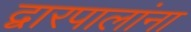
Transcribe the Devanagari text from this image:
द्वारपालांना